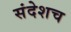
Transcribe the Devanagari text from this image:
संदेशच